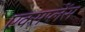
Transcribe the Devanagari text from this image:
एक्सप्लेंस